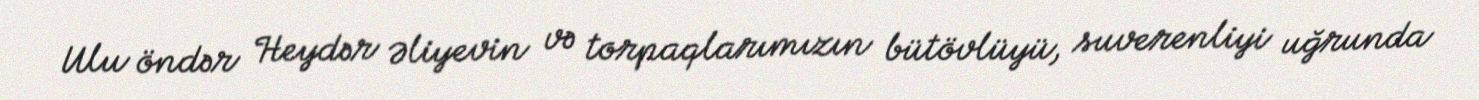
Ulu öndər Heydər Əliyevin və torpaqlarımızın bütövlüyü, suverenliyi uğrunda